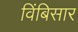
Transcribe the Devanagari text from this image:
विंबिसार